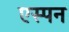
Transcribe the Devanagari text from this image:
एस्पन